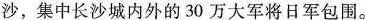
沙，集中长沙城内外的30万大军将日军包围。